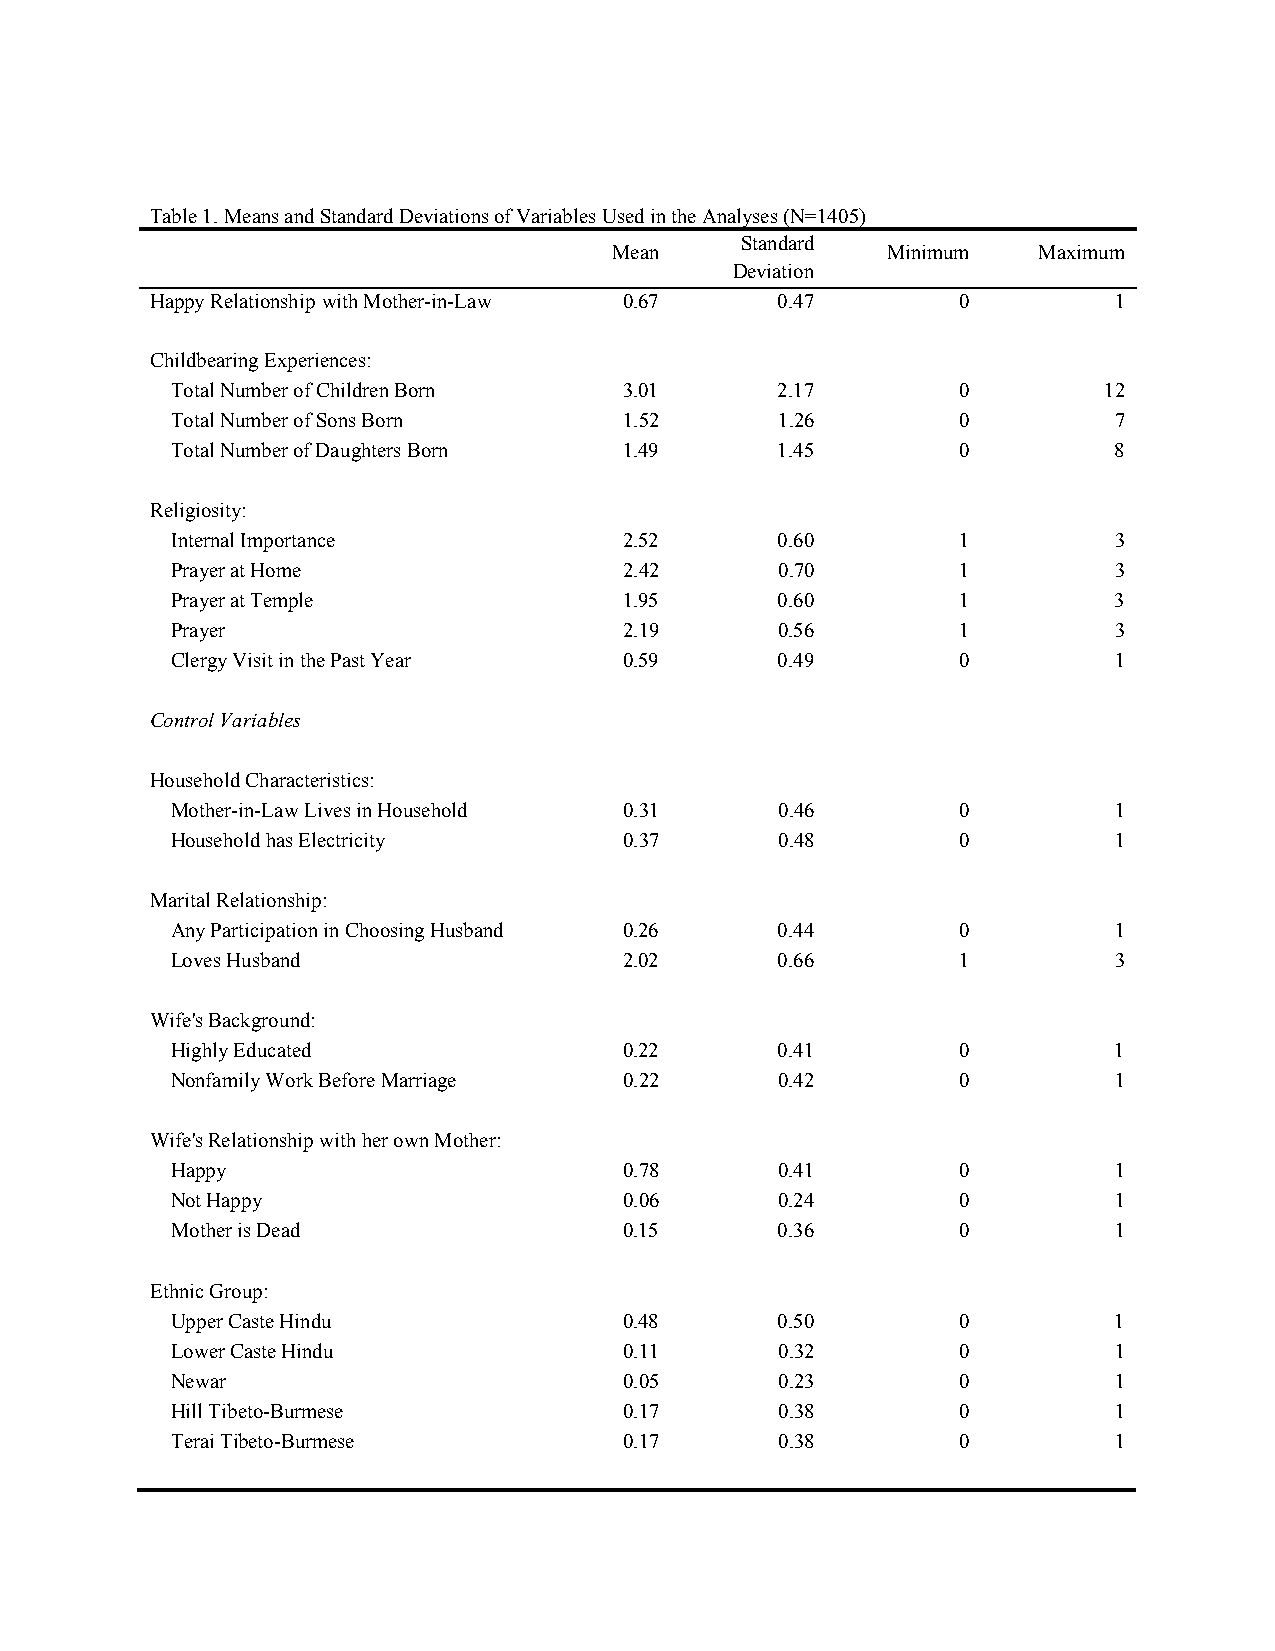
Table 1. Means and Standard Deviations of Variables Used in the Analyses (N=1405)
 Standard
 Mean              Minimum   Maximum
 Deviation
 Happy Relationship with Mother-in-Law 0.67 Devia0ti.o4n7 0      1
 Childbearing Experiences:
 Total Number of Children Born 3.01       2.17        0        12
 Total Number of Sons Born     1.52       1.26        0         7
 Total Number of Daughters Born 1.49      1.45        0         8
 Religiosity:
 Internal Importance           2.52       0.60        1         3
 Prayer at Home                2.42       0.70        1         3
 Prayer at Temple              1.95       0.60        1         3
 Prayer                        2.19       0.56        1         3
 Clergy Visit in the Past Year 0.59       0.49        0         1
 Control Variables
 Household Characteristics:
 Mother-in-Law Lives in Household 0.31    0.46        0         1
 Household has Electricity     0.37       0.48        0         1
 Marital Relationship:
 Any Participation in Choosing Husband 0.26 0.44      0         1
 Loves Husband                 2.02       0.66        1         3
 Wife's Background:
 Highly Educated               0.22       0.41        0         1
 Nonfamily Work Before Marriage 0.22      0.42        0         1
 Wife's Relationship with her own Mother:
 Happy                         0.78       0.41        0         1
 Not Happy                     0.06       0.24        0         1
 Mother is Dead                0.15       0.36        0         1
 Ethnic Group:
 Upper Caste Hindu             0.48       0.50        0         1
 Lower Caste Hindu             0.11       0.32        0         1
 Newar                         0.05       0.23        0         1
 Hill Tibeto-Burmese           0.17       0.38        0         1
 Terai Tibeto-Burmese          0.17       0.38        0         1